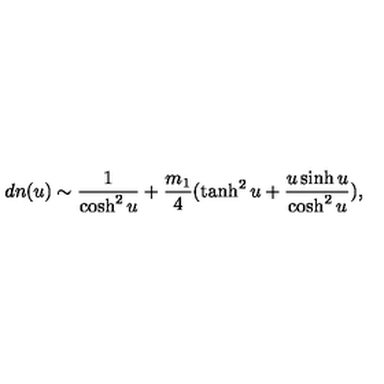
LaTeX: d n ( u ) \sim \frac { 1 } { \cosh ^ { 2 } u } + \frac { m _ { 1 } } { 4 } ( \tanh ^ { 2 } u + \frac { u \sinh u } { \cosh ^ { 2 } u } ) ,